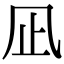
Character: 凪